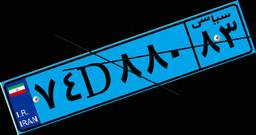
۳۳D۹۷۸۳۱